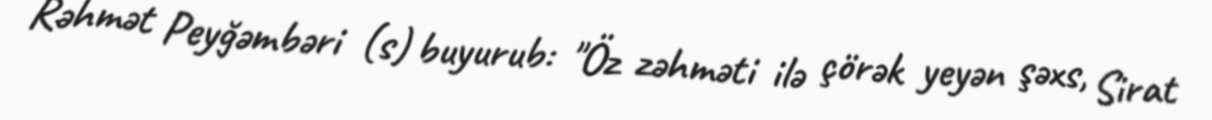
Rəhmət Peyğəmbəri (s) buyurub: "Öz zəhməti ilə çörək yeyən şəxs, Sirat